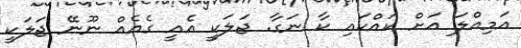
އަމިއްލަ އަށް ކައްކައި ކާ ނަގާ. ޖަަލަކީ އެއީ ގެއެއް ނޫނޭ ޖަލަކީ